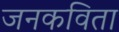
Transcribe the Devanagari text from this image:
जनकविता